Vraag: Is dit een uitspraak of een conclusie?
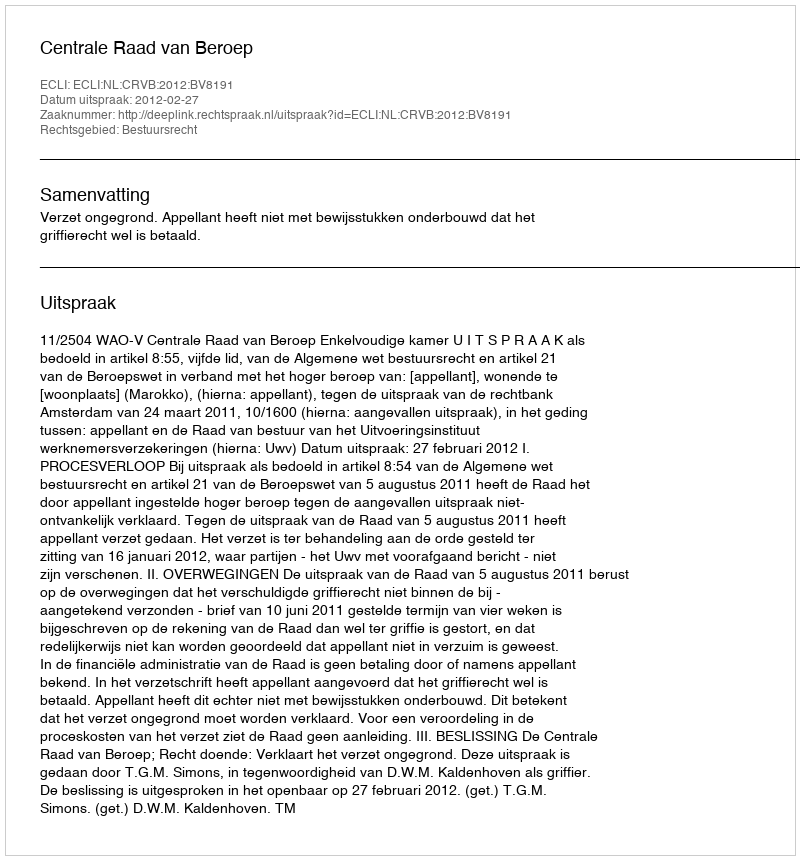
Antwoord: Uitspraak